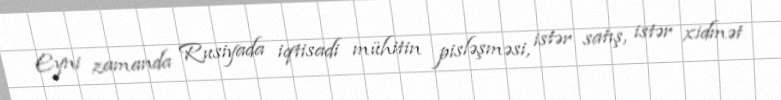
Eyni zamanda Rusiyada iqtisadi mühitin pisləşməsi, istər satış, istər xidmət